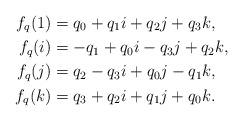
LaTeX: \begin{align*}f_{q}(1) & =q_{0}+q_{1}i+q_{2}j+q_{3}k,\\f_{q}(i) & =-q_{1}+q_{0}i-q_{3}j+q_{2}k,\\f_{q}(j) & =q_{2}-q_{3}i+q_{0}j-q_{1}k,\\f_{q}(k) & =q_{3}+q_{2}i+q_{1}j+q_{0}k.\end{align*}